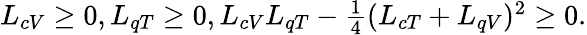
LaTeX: \begin{array}{r}{L_{cV}\geq 0,L_{qT}\geq 0,L_{cV}L_{qT}-\frac{1}{4}(L_{cT}+L_{qV})^{2}\geq 0.}\end{array}